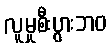
လူမှုစီးပွားဘဝ